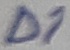
Text: D1